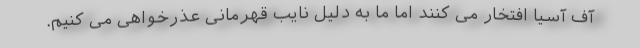
آف آسیا افتخار می کنند اما ما به دلیل نایب قهرمانی عذرخواهی می کنیم.